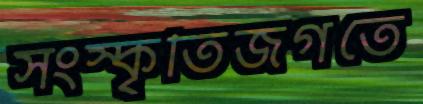
সংস্কৃতিজগতে